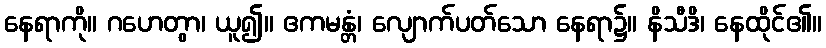
နေရာကို။ ဂဟေတွာ၊ ယူ၍။ ဧကမန္တံ၊ လျောက်ပတ်သော နေရာ၌။ နိသီဒိ၊ နေထိုင်၏။